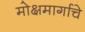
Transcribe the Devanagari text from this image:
मोक्षमार्गाचे